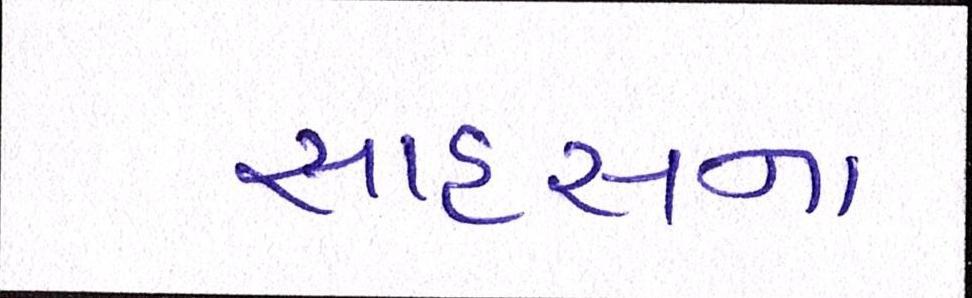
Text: સાહસના